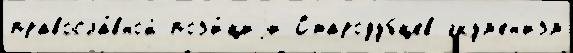
правосла́вной поз'и́циjи Стародубцев экум'ен'изм